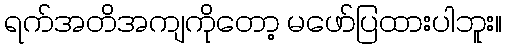
ရက်အတိအကျကိုတော့ မဖော်ပြထားပါဘူး။